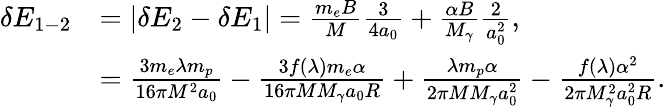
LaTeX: \begin{array}{rl}{\delta E_{1-2}}&{=|\delta E_{2}-\delta E_{1}|=\frac{m_{e}B}{M}\frac{3}{4a_{0}}+\frac{\alpha B}{M_{\gamma}}\frac{2}{a_{0}^{2}},}\\ &{=\frac{3m_{e}\lambda m_{p}}{16\pi M^{2}a_{0}}-\frac{3f(\lambda)m_{e}\alpha}{16\pi MM_{\gamma}a_{0}R}+\frac{\lambda m_{p}\alpha}{2\pi MM_{\gamma}a_{0}^{2}}-\frac{f(\lambda)\alpha^{2}}{2\pi M_{\gamma}^{2}a_{0}^{2}R}.}\end{array}